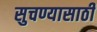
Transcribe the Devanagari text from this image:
सुचण्यासाठी